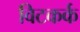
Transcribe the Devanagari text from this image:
विटकर्क